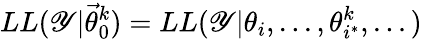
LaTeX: LL(\mathscr{Y}|\vec{{\theta}}_{0}^{k})=LL(\mathscr{Y}|\theta_{i},...,\theta_{i^{*}}^{k},...)